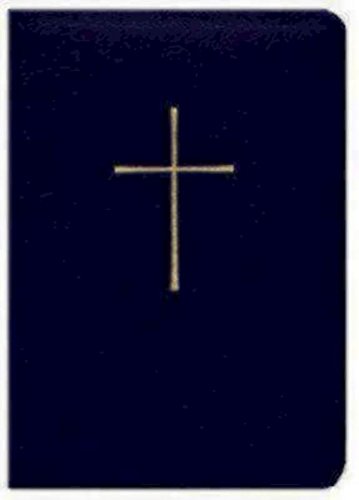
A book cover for Book of Common Prayer Deluxe Personal Edition: Navy Bonded Leather; Church Publishing; Christian Books & Bibles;